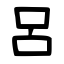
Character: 呂